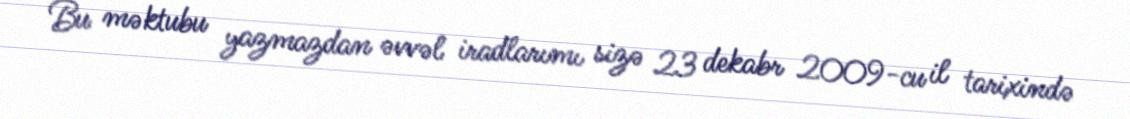
Bu məktubu yazmazdan əvvəl iradlarımı sizə 23 dekabr 2009-cu il tarixində